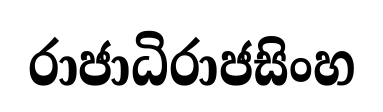
රාජාධිරාජසිංහ